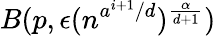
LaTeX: B(p,\epsilon(n^{a^{i+1}/d})^{\frac{\alpha}{d+1}})